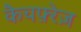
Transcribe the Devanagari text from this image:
कैचफ़्रेज़